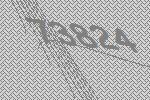
73824